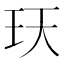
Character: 𤤇